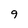
Character: g